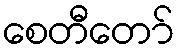
စေတီတော်